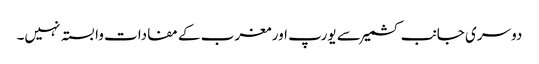
دوسری جانب کشمیر سے یورپ اور مغرب کے مفادات وابستہ نہیں۔